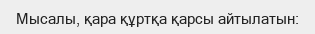
Мысалы, қара құртқа қарсы айтылатын: